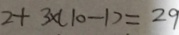
2 + 3 \times ( 1 0 - 1 ) = 2 9